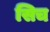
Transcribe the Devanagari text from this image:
सिच